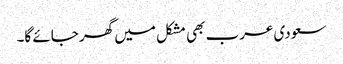
سعودی عرب بھی مشکل میں گھر جائے گا۔